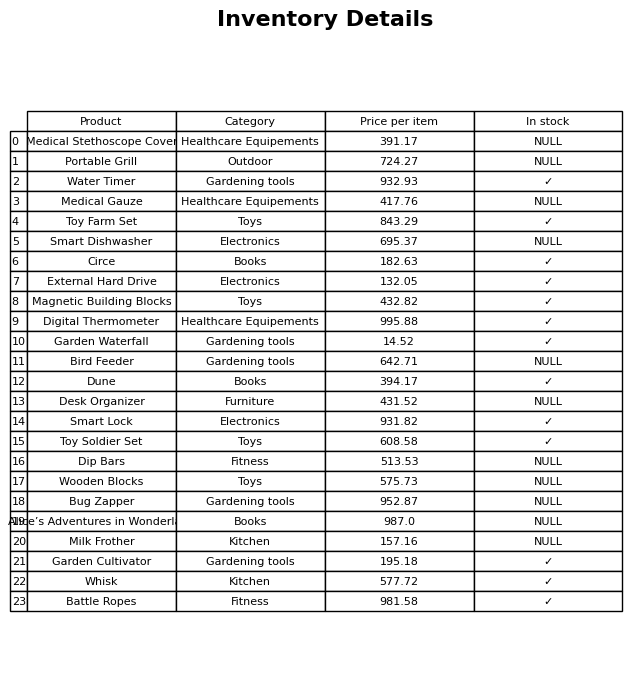
question: What is the price of the Alice’s Adventures in Wonderland?
answer: The price of Alice’s Adventures in Wonderland is 987.0.